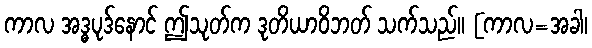
ကာလ အဒ္ဓပုဒ်နောင် ဤသုတ်က ဒုတိယာဝိဘတ် သက်သည်။ [ကာလ=အခါ၊